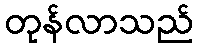
တုန်လာသည်